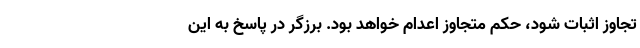
تجاوز اثبات شود، حکم متجاوز اعدام خواهد بود. برزگر در پاسخ به این